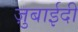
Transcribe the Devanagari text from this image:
ज़ुबाईदी